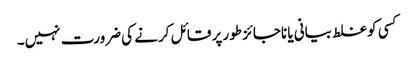
کسی کو غلط بیانی یا ناجائز طور پر قائل کرنے کی ضرورت نہیں۔